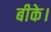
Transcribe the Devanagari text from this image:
बीके।